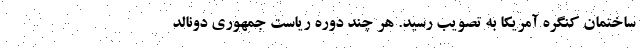
ساختمان کنگره آمریکا به تصویب رسید. هر چند دوره ریاست جمهوری دونالد